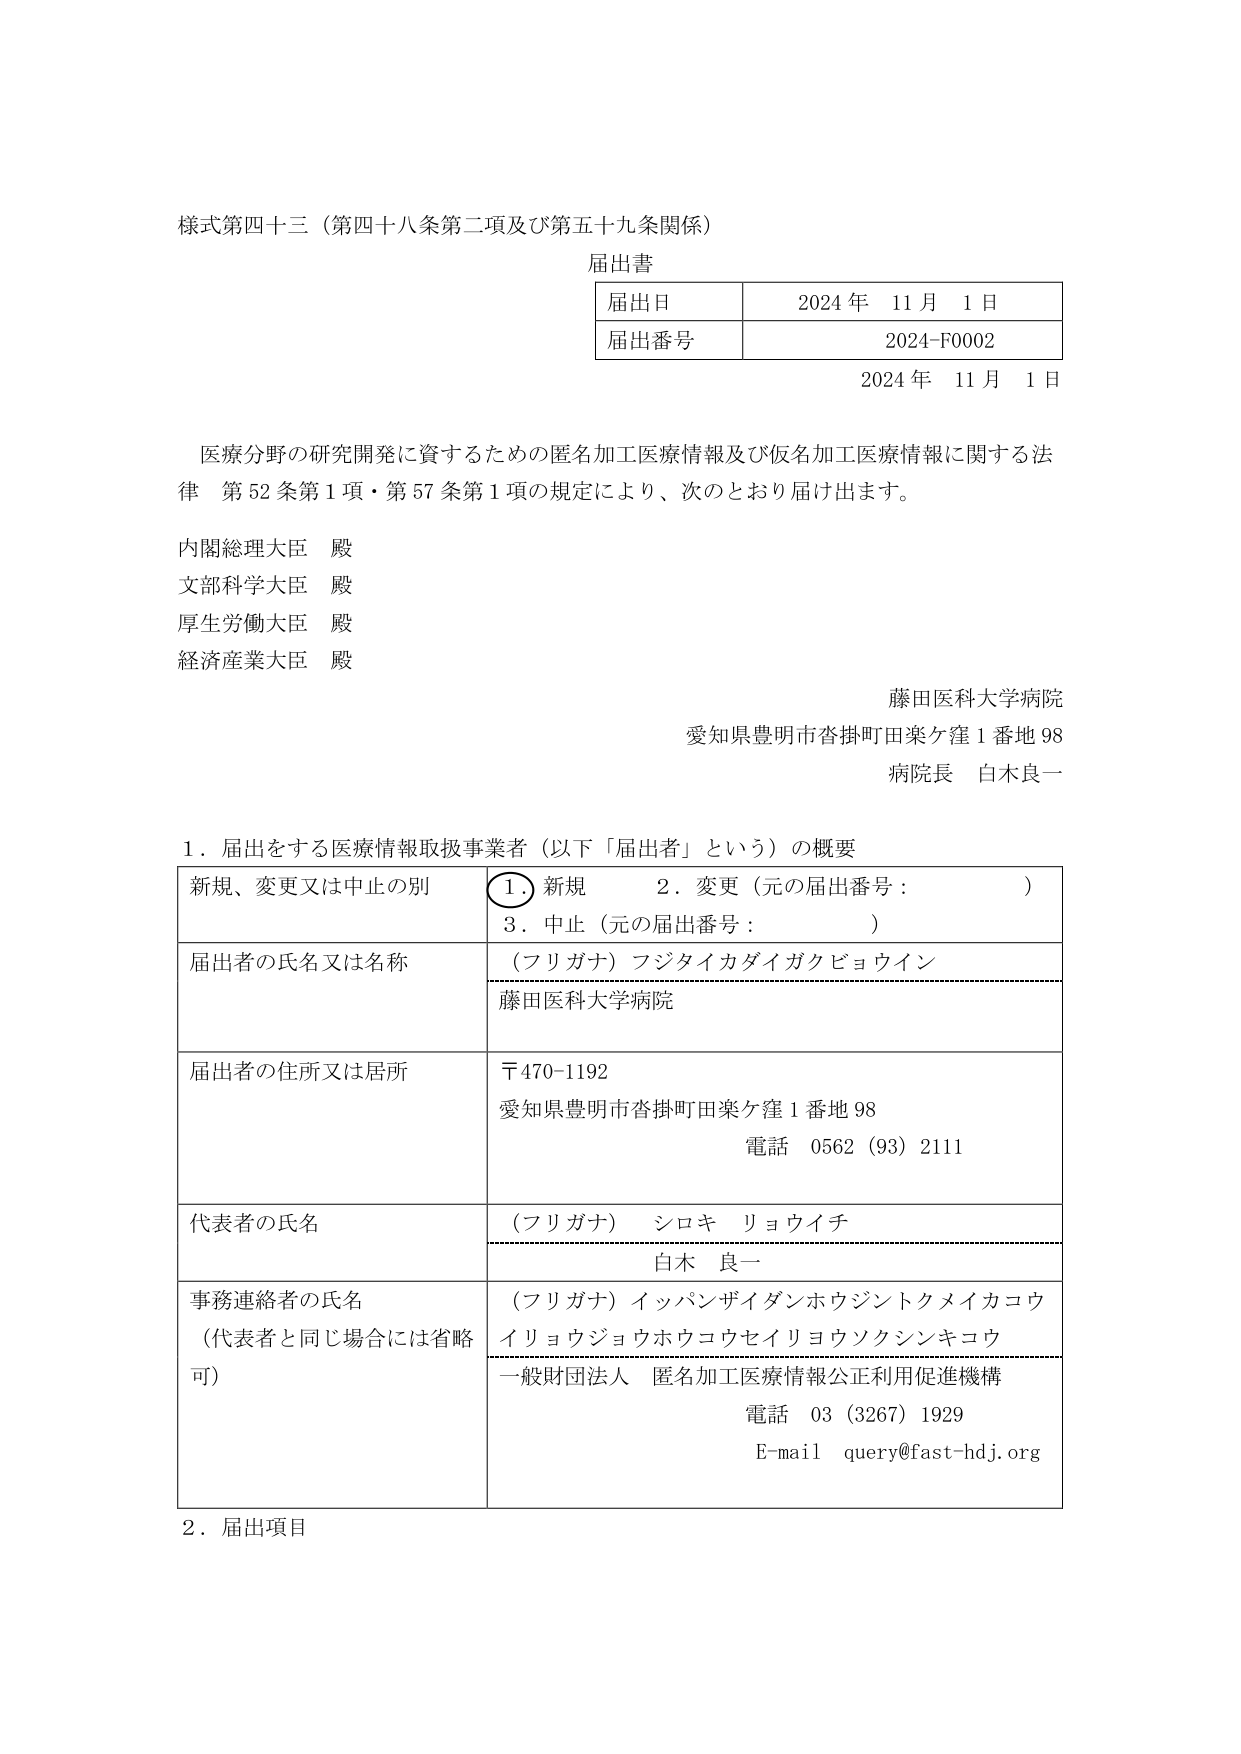
様式第四十三（第四十八条第二項及び第五十九条関係）

届出書

届出日　　2024年 11月 1日
届出番号　2024-F0002

2024年 11月 1日

医療分野の研究開発に資するための匿名加工医療情報及び仮名加工医療情報に関する法律 第52条第1項・第57条第1項の規定により、次のとおり届け出ます。

内閣総理大臣 殿
文部科学大臣 殿
厚生労働大臣 殿
経済産業大臣 殿

藤田医科大学病院
愛知県豊明市沓掛町田楽ケ窪1番地98
病院長 白木良一

1．届出をする医療情報取扱事業者（以下「届出者」という）の概要

| 新規、変更又は中止の別 | ① 新規　　2．変更（元の届出番号：　　　　）　　3．中止（元の届出番号：　　　　） |
|--------------------------|--------------------------------------------------------------------------------------------|
| 届出者の氏名又は名称    | （フリガナ）フジタイカダイガクビョウイン<br>藤田医科大学病院 |
| 届出者の住所又は居所    | 〒470-1192<br>愛知県豊明市沓掛町田楽ケ窪1番地98<br>電話 0562（93）2111 |
| 代表者の氏名            | （フリガナ）シロキ リョウイチ<br>白木 良一 |
| 事務連絡者の氏名<br>（代表者と同じ場合には省略可） | （フリガナ）イッパンザイダンホウジントクメイカコウイリョウジョウホウコウセイリョウソクシンキコウ<br>一般財団法人 匿名加工医療情報公正利用促進機構<br>電話 03（3267）1929<br>E-mail query@fast-hdj.org |

2．届出項目